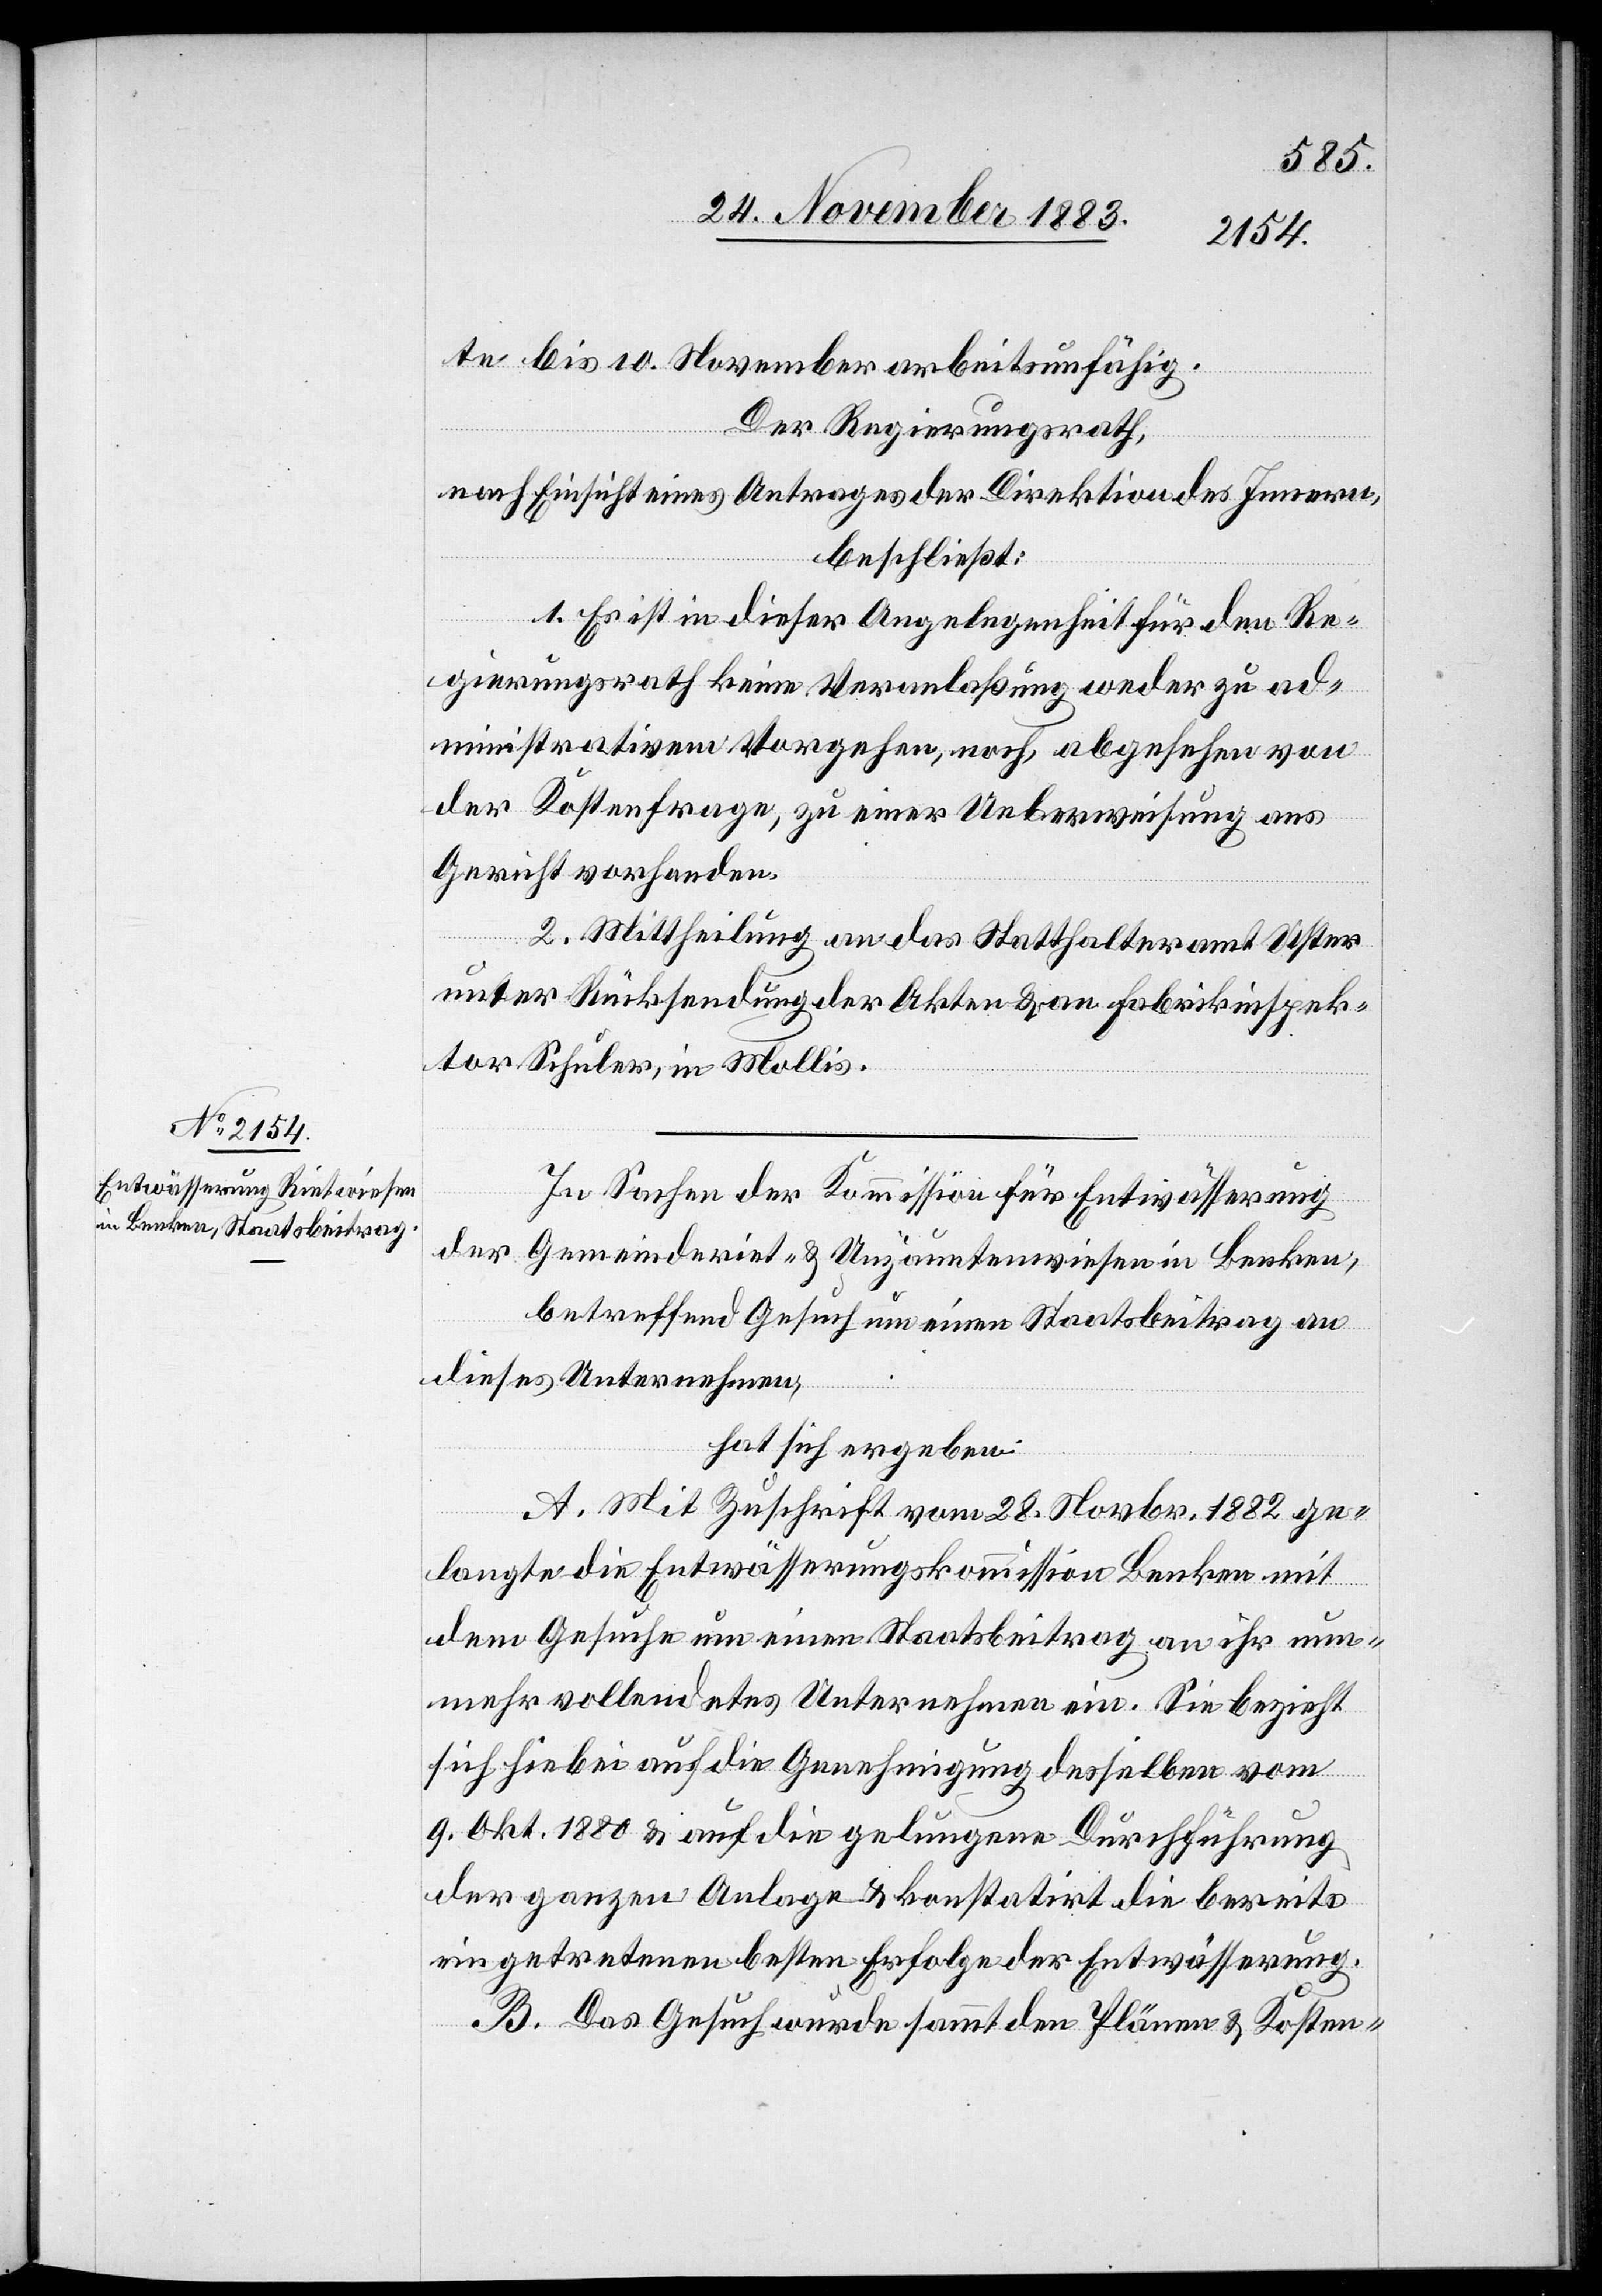
te bis 10. November arbeitsunfähig.
Der Regierungsrath,
nach Einsicht eines Antrages der Direktion des Innern,
beschließt:
1. Es ist in dieser Angelegenheit für den Re¬
gierungsrath keine Veranlaßung weder zu ad¬
ministrativem Vorgehen, noch, abgesehen von
der Kostenfrage, zu einer Ueberweisung ans
Gericht vorhanden.
2. Mittheilung an das Statthalteramt Uster
unter Rücksendung der Akten & an Fabrikinspek¬
tor Schuler, in Mollis.
In Sachen der Kommission für Entwässerung
der
Gemeinderiet- & Umzäuntenwiesen in Benken,
betreffend Gesuch um einen Staatsbeitrag an
dieses Unternehmen,
hat sich ergeben:
A. Mit Zuschrift vom 28. Novbr. 1882 ge¬
langte die Entwässerungskommission Benken mit
dem Gesuche um einen Staatsbeitrag an ihr nun¬
mehr vollendetes Unternehmen ein. Sie bezieht
sich hiebei auf die Genehmigung desselben vom
9. Okt. 1880 & auf die gelungene Durchführung
der ganzen Anlage & konstatirt die bereits
eingetretenen besten Erfolge der Entwässerung.
B. Das Gesuch wurde sammt den Plänen & Kosten-